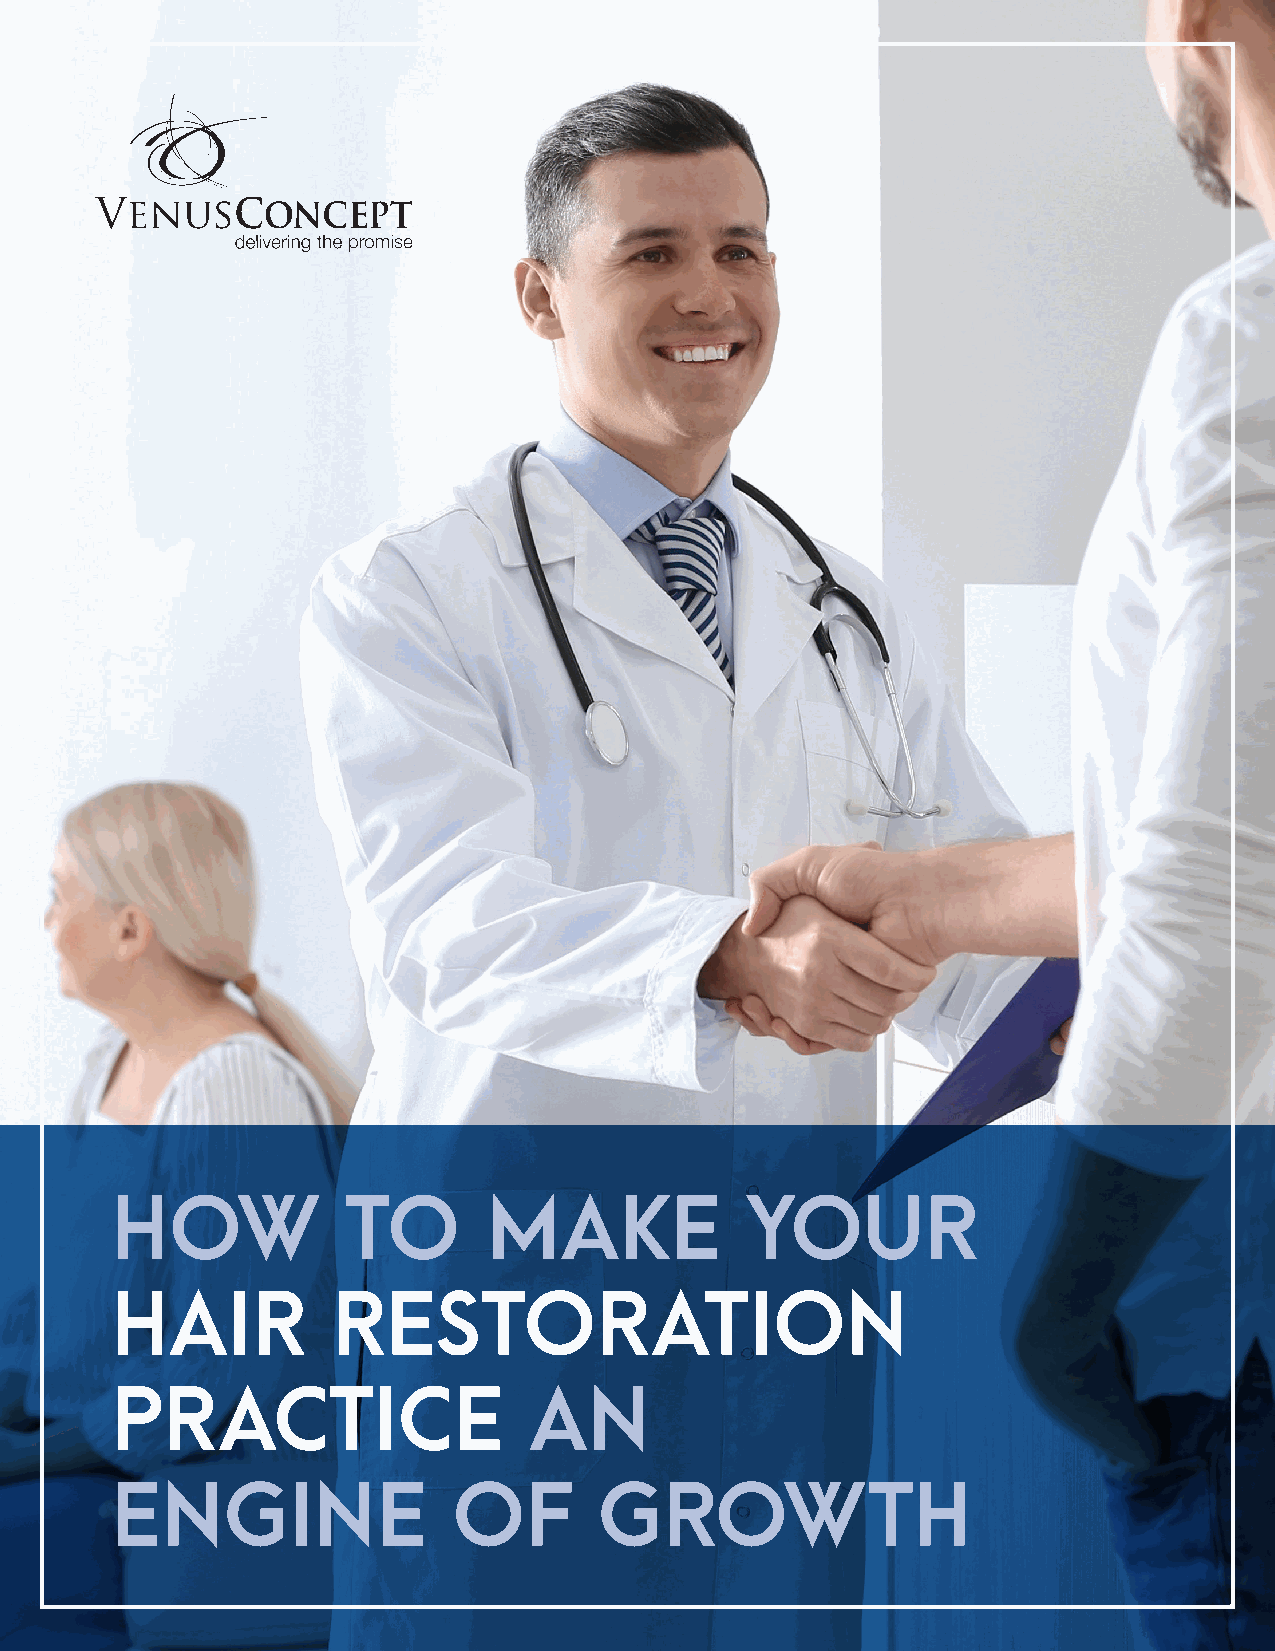
How             to       Make             Your
 Hair           Restoration
 Practice                    an
 Engine                 of        Growth